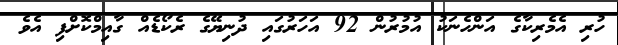
ހުރި އެމެރިކާގެ އަންހެނަކު އުމުރުން 92 އަހަރުގައި ދުނިޔޭގެ ރެކޯޑެއް ގާއިމްކޮށްފި އެވެ